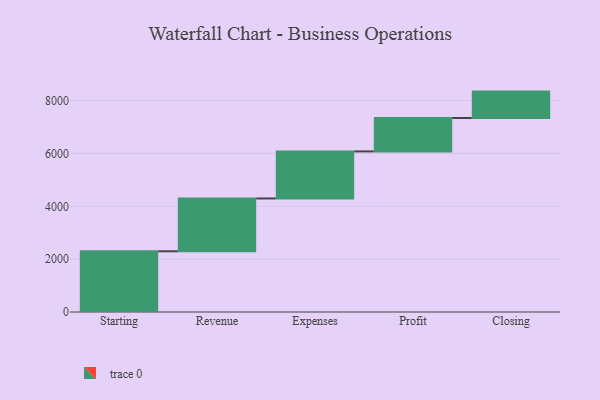
{"axis": {"x": "Step", "y": "Value"}, "legend": [""], "data": [{"x": "Starting", "y": 2298.0, "type": ""}, {"x": "Revenue", "y": 2000.0, "type": ""}, {"x": "Expenses", "y": 1781.0, "type": ""}, {"x": "Profit", "y": 1264.0, "type": ""}, {"x": "Closing", "y": 1000, "type": ""}]}